Annual statistical returns and brief notes on vaccination in Bengal - 1896-1909
Year: 1896
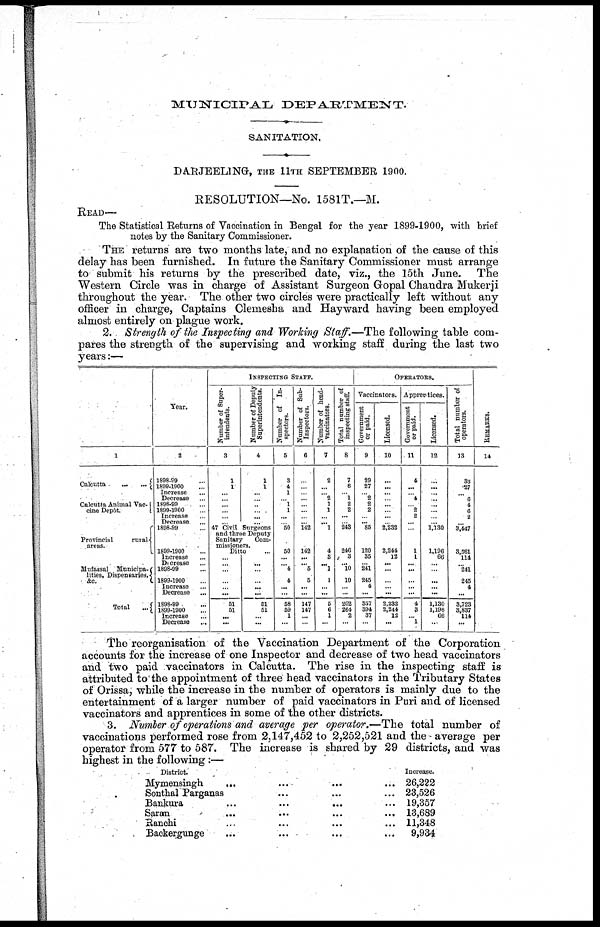
MUNICIPAL DEPARTMENT.
SANITATION.
DARJEELING, THE 11TH SEPTEMBER 1900.
RESOLUTION—No. 1581T.—M.
READ—
The Statistical Returns of Vaccination in Bengal for the year 1899-1900, with brief
notes by the Sanitary Commissioner.
THE returns are two months late, and no explanation of the cause of this
delay has been furnished. In future the Sanitary Commissioner must arrange
to submit his returns by the prescribed date, viz., the 15th June. The
Western Circle was in charge of Assistant Surgeon Gopal Chandra Mukerji
throughout the year. The other two circles were practically left without any
officer in charge, Captains Clemesha and Hayward having been employed
almost entirely on plague work.
2. Strength of the Inspecting and Working Staff.—The following table com-
pares the strength of the supervising and working staff during the last two
years:—
1
Calcutta
...
...
Calcutta Animal Vac¬
cine Depôt.
Provincial
rural
areas.
Mufassal Municipa¬
lities, Dispensaries,
&c.
Total
...
Year.
2
1898-99 ...
1899-1900 ...
Increase ...
Decrease ...
1898-99 ...
1899-1900 ...
Increase ...
Decrease ...
1898-99 ...
1899-1900 ...
Increase ...
Decrease ...
1898-99 ...
1899-1900 ...
Increase ...
Decrease ...
1898-99 ...
1899-1900 ...
Increase ...
Decrease
...
INSPECTING STAFF.
Number of Super-
intendents.
3
1
1
...
...
...
...
... ...
Number of Deputy
Superintendents.
4
1
1
...
... ...
...
...
...
47 Civil Surgeons
and three Deputy
Sanitary
Com-
missioners.
Ditto ...
...
...
...
...
...
...
51
51
...
...
...
...
...
...
...
...
51
51
...
...
Number of In-
spectors.
5
3
4
1
... 1
1
...
...
50
50
...
... 4
4
...
...
58
59
1
...
Number of Sub¬
Inspectors.
6
...
...
...
...
...
...
...
...
142
142
...
... 5
5
...
...
147
147
...
...
Number of head¬
vaccinators.
7
2
...
... 2
1
1
...
... 1
4
8
... 1
1
...
...
5
6
1
...
Total number of
inspecting staff.
8
7
6
... 1
2
2
...
... 243
246
3
... 10
10
...
...
262
264
2
...
OPERATORS.
Vaccinators.
Government
or paid.
9
29
27
... 2
2
2
...
... 85
120
35
...
241
245
4
...
357
394
37
...
Licensed.
10
...
...
...
...
...
...
...
...
2,232
2,244
12
...
...
...
...
...
2,232
2,244
12
...
Apprentices.
Government
or paid.
11
4
...
... 4
... 2
2
...
...
1
1
...
...
...
...
...
4
3
... 1
Licensed.
12
...
...
...
...
...
...
...
...
1,130
1,196
66
...
...
...
...
...
1,130
1,196
66
...
Total number of
operators.
13
33
27
... 6
4
6
2
... 3,447
3,561
114
... 241
245
4
...
3,723
3,837
114
...
REMARKS.
14
The reorganisation of the Vaccination Department of the Corporation
accounts for the increase of one Inspector and decrease of two head vaccinators
and two paid vaccinators in Calcutta. The rise in the inspecting staff is
attributed to the appointment of three head vaccinators in the Tributary States
of Orissa, while the increase in the number of operators is mainly due to the
entertainment of a larger number of paid vaccinators in Puri and of licensed
vaccinators and apprentices in some of the other districts.
3. Number of operations and average per operator.—The total number of
vaccinations performed rose from 2,147,452 to 2,252,521 and the average per
operator from 577 to 587. The increase is shared by 29 districts, and was
highest in the following:—
District. ... ... ... ...
Mymensingh
... ... ... ...
Sonthal Parganas ... ... ...
Bankura
...
...
... ...
Saran
...
...
...
...
Ranchi
...
...
...
...
Backergunge ... ... ... ...
Increase.
26,222
23,526
19,357
13,689
11,348
9,934